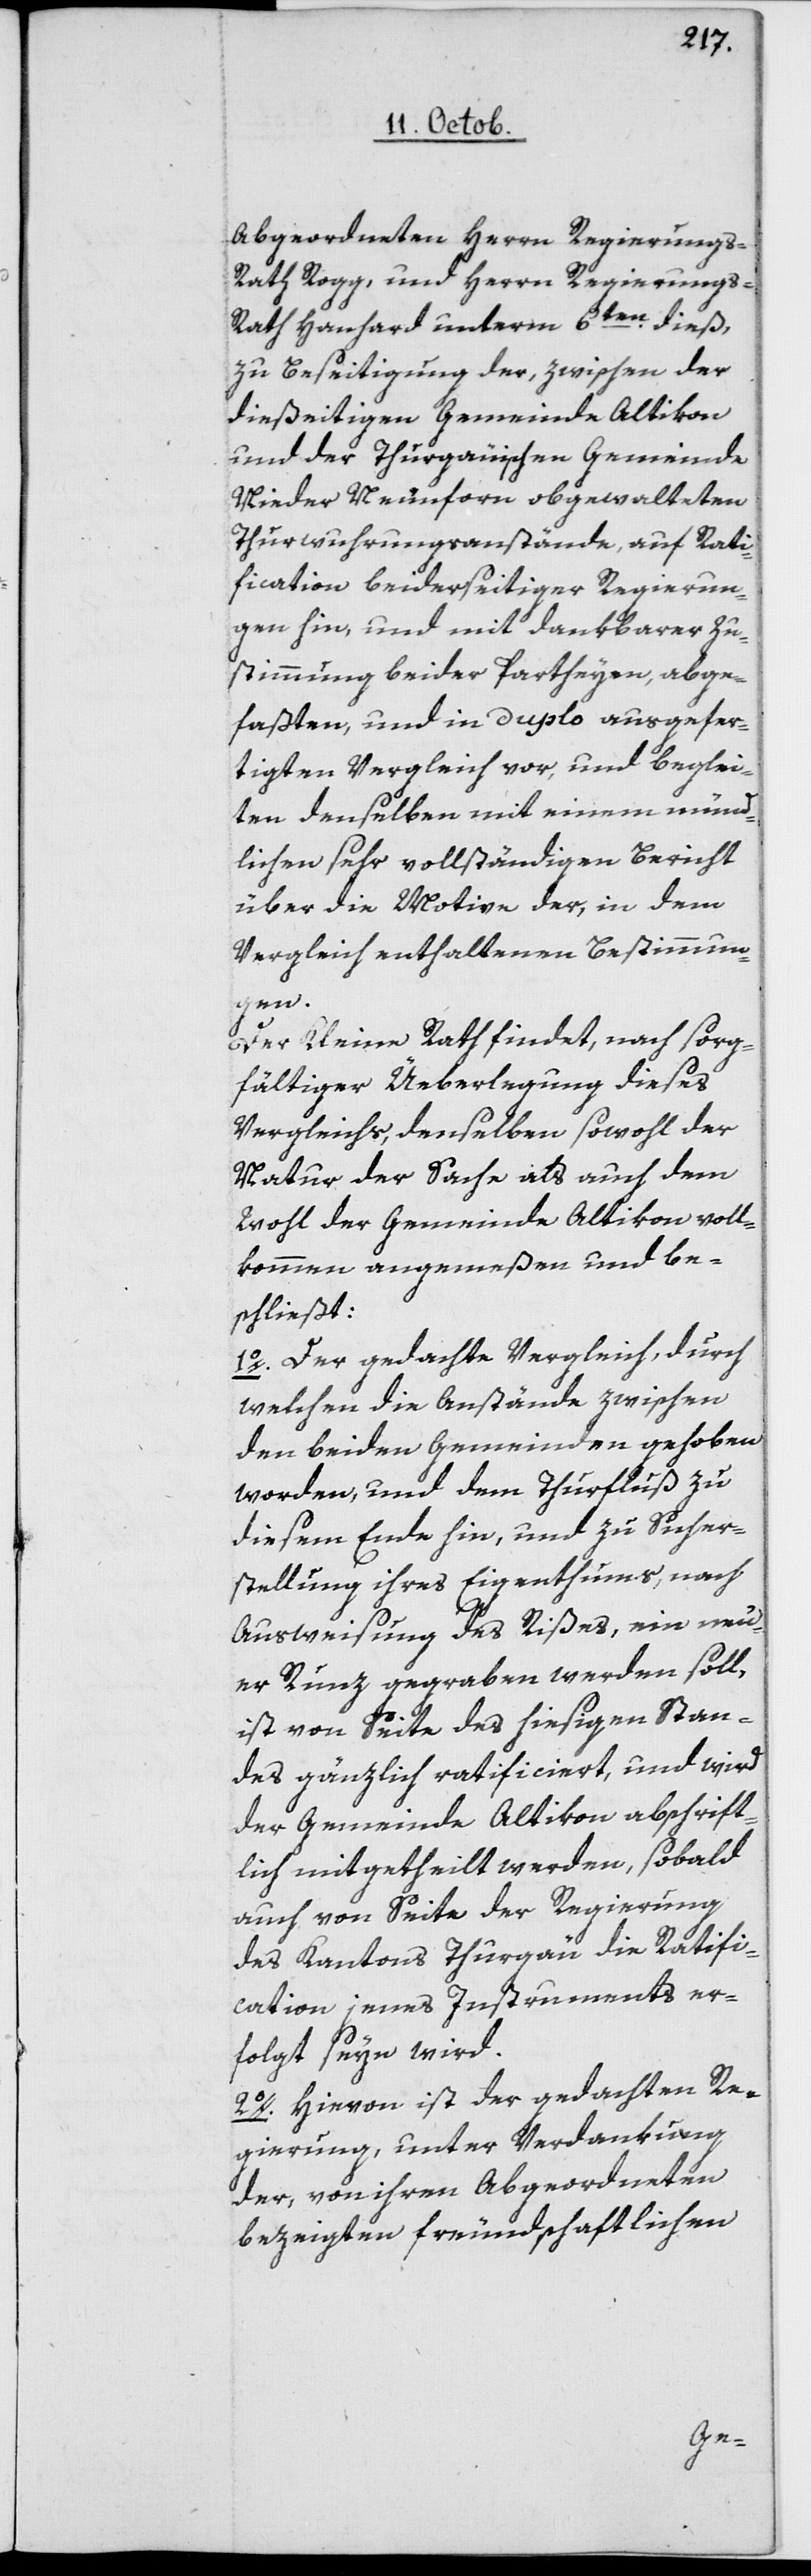
Abgeordneten Herrn Regierungs¬
rath Rogg, und Herrn Regierungs¬
rath Hanhard unterm 6ten dieß,
zu Beseitigung der, zwischen der
dießeitigen Gemeinde Altikon
und der Thurgauischen Gemeinde
Nieder Neunforn obgewalteten
Thurwuhrungsanstände, auf Rati¬
fication beidseitiger Regierun¬
gen hin, und mit dankbarer Zu¬
stimmung beider Partheyen, abge¬
faßten, und in Duplo ausgefer¬
tigten Vergleich vor, und beglei¬
ten denselben mit einem münd¬
lichen sehr vollständigen Bericht
über die Motive der, in dem
Vergleich enthaltenen Bestimmun¬
gen.
Der Kleine Rath findet, nach sorg¬
fältiger Überlegung dieses
Vergleichs, denselben sowohl der
Natur der Sache als auch dem
Wohl der Gemeinde Altikon voll¬
kommen angemeßen und be¬
schließt:
1o Der gedachte Vergleich, durch
welchen die Anstände zwischen
den beiden Gemeinden gehoben
worden, und dem Thurfluß zu
diesem Ende hin, und zu Sicher¬
stellung ihres Eigenthums, nach
Ausweisung des Rißes, ein neu¬
er Runz gegraben werden soll,
ist von Seite des hiesigen Stan¬
des gänzlich ratificiert, und wird
der Gemeinde Altikon abschrift¬
lich mitgetheilt werden, sobald
auch von Seite der Regierung
des Kantons Thurgau die Ratifi¬
cation jenes Instruments er¬
folgt seyn wird.
2o Hievon ist der gedachten Re¬
gierung, unter Verdankung
der, von ihren Abgeordneten
bezeigten freundschaftlichen